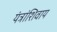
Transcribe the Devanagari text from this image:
यंत्रांशिवाय